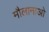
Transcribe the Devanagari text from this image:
मौलानाओ